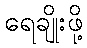
ရေချိုးဖို့